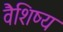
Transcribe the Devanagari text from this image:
वैशिष्य